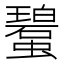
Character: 𧓮